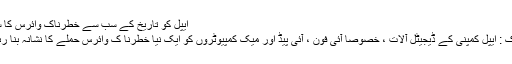
ایپل کو تاریخ کے سب سے خطرناک وائرس کا سامنا -
نیویارک : ایپل کمپنی کے ڈیجیٹل آلات ، خصوصاً آئی فون ، آئی پیڈ اور میک کمپیوٹروں کو ایک نیا خطرنا ک وائرس حملے کا نشانہ بنا رہا ہے ۔